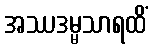
အဿဒမ္မသာရထိံ